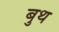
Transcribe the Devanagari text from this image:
बुथ